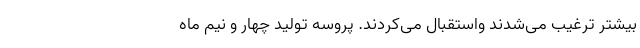
بیشتر ترغیب می‌شدند واستقبال می‌کردند. پروسه تولید چهار و نیم ماه